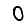
Digit: 0